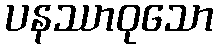
ပနဿာဝုသော